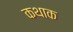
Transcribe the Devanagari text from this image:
कथाक